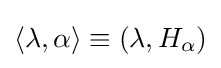
\langle \lambda ,\alpha \rangle \equiv (\lambda ,H_{\alpha })